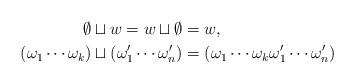
LaTeX: \begin{align*} \emptyset\sqcup w = w\sqcup\emptyset & = w, \\ (\omega_1\cdots\omega_k)\sqcup(\omega_1'\cdots\omega_n') & = (\omega_1\cdots\omega_k\omega_1'\cdots\omega_n') \end{align*}